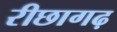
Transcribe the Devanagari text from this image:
रीछागढ़